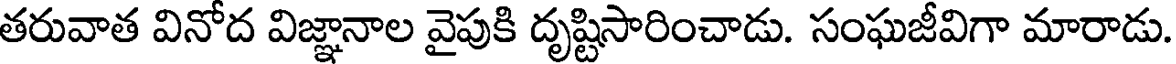
తరువాత వినోద విజ్ఞానాల వైపుకి దృష్టిసారించాడు. సంఘజీవిగా మారాడు.